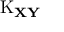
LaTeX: \operatorname { K } _ { \mathbf { X Y } }